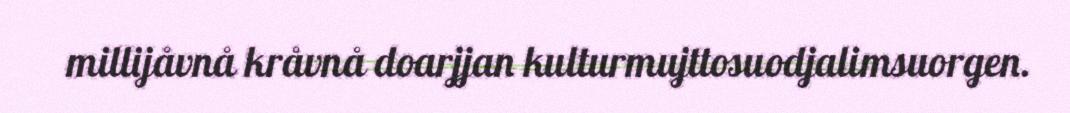
millijåvnå kråvnå doarjjan kulturmujttosuodjalimsuorgen.